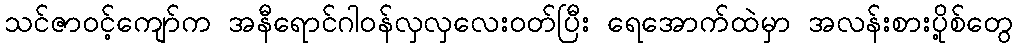
သင်ဇာဝင့်ကျော်က အနီရောင်ဂါဝန်လှလှလေးဝတ်ပြီး ရေအောက်ထဲမှာ အလန်းစားပို့စ်တွေ